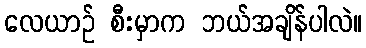
လေယာဉ် စီးမှာက ဘယ်အချိန်ပါလဲ။